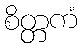
စိတ္တကံ